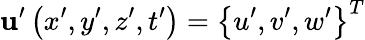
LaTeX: \mathbf{u}^{\prime}\left(x^{\prime},y^{\prime},z^{\prime},t^{\prime}\right)=\left\{ u^{\prime},v^{\prime},w^{\prime}\right\} ^{T}